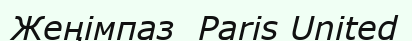
Жеңімпаз  Paris United